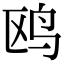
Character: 鸥